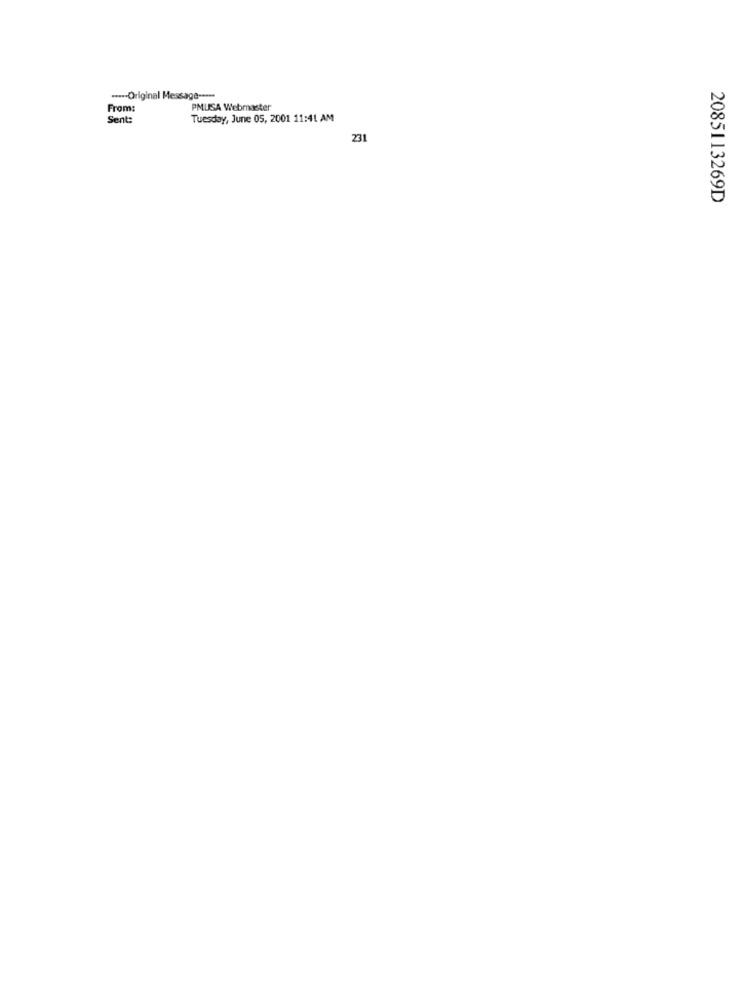
----- Original Message ----
From:
PMUSA Webmaster
Sent:
Tuesday, June 05, 2001 11:41 AM
231
2085113269D